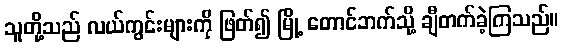
သူတို့သည် လယ်ကွင်းများကို ဖြတ်၍ မြို့ တောင်ဘက်သို့ ချီတက်ခဲ့ကြသည်။